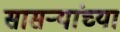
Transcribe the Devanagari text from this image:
सासर्‍यांच्या